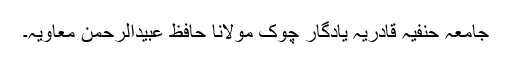
جامعہ حنفیہ قادریہ یادگار چوک مولانا حافظ عبیدالرحمن معاویہ۔